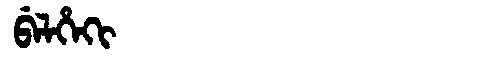
Manchu: ᠪᡝᠯᡥᡝᡴᡳ
Romanization: BELHEKI